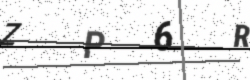
Text: ZP6R